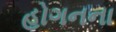
હોગનના